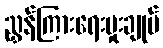
ညွှန်ကြားရေးမှုးချုပ်